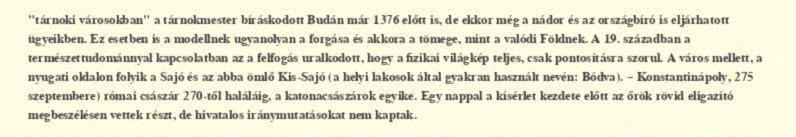
"tárnoki városokban" a tárnokmester bíráskodott Budán már 1376 előtt is, de ekkor még a nádor és az országbíró is eljárhatott ügyeikben. Ez esetben is a modellnek ugyanolyan a forgása és akkora a tömege, mint a valódi Földnek. A 19. században a természettudománnyal kapcsolatban az a felfogás uralkodott, hogy a fizikai világkép teljes, csak pontosításra szorul. A város mellett, a nyugati oldalon folyik a Sajó és az abba ömlő Kis-Sajó (a helyi lakosok által gyakran használt nevén: Bódva). – Konstantinápoly, 275 szeptembere) római császár 270-től haláláig, a katonacsászárok egyike. Egy nappal a kísérlet kezdete előtt az őrök rövid eligazító megbeszélésen vettek részt, de hivatalos iránymutatásokat nem kaptak.